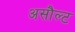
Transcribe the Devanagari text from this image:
असौल्ट